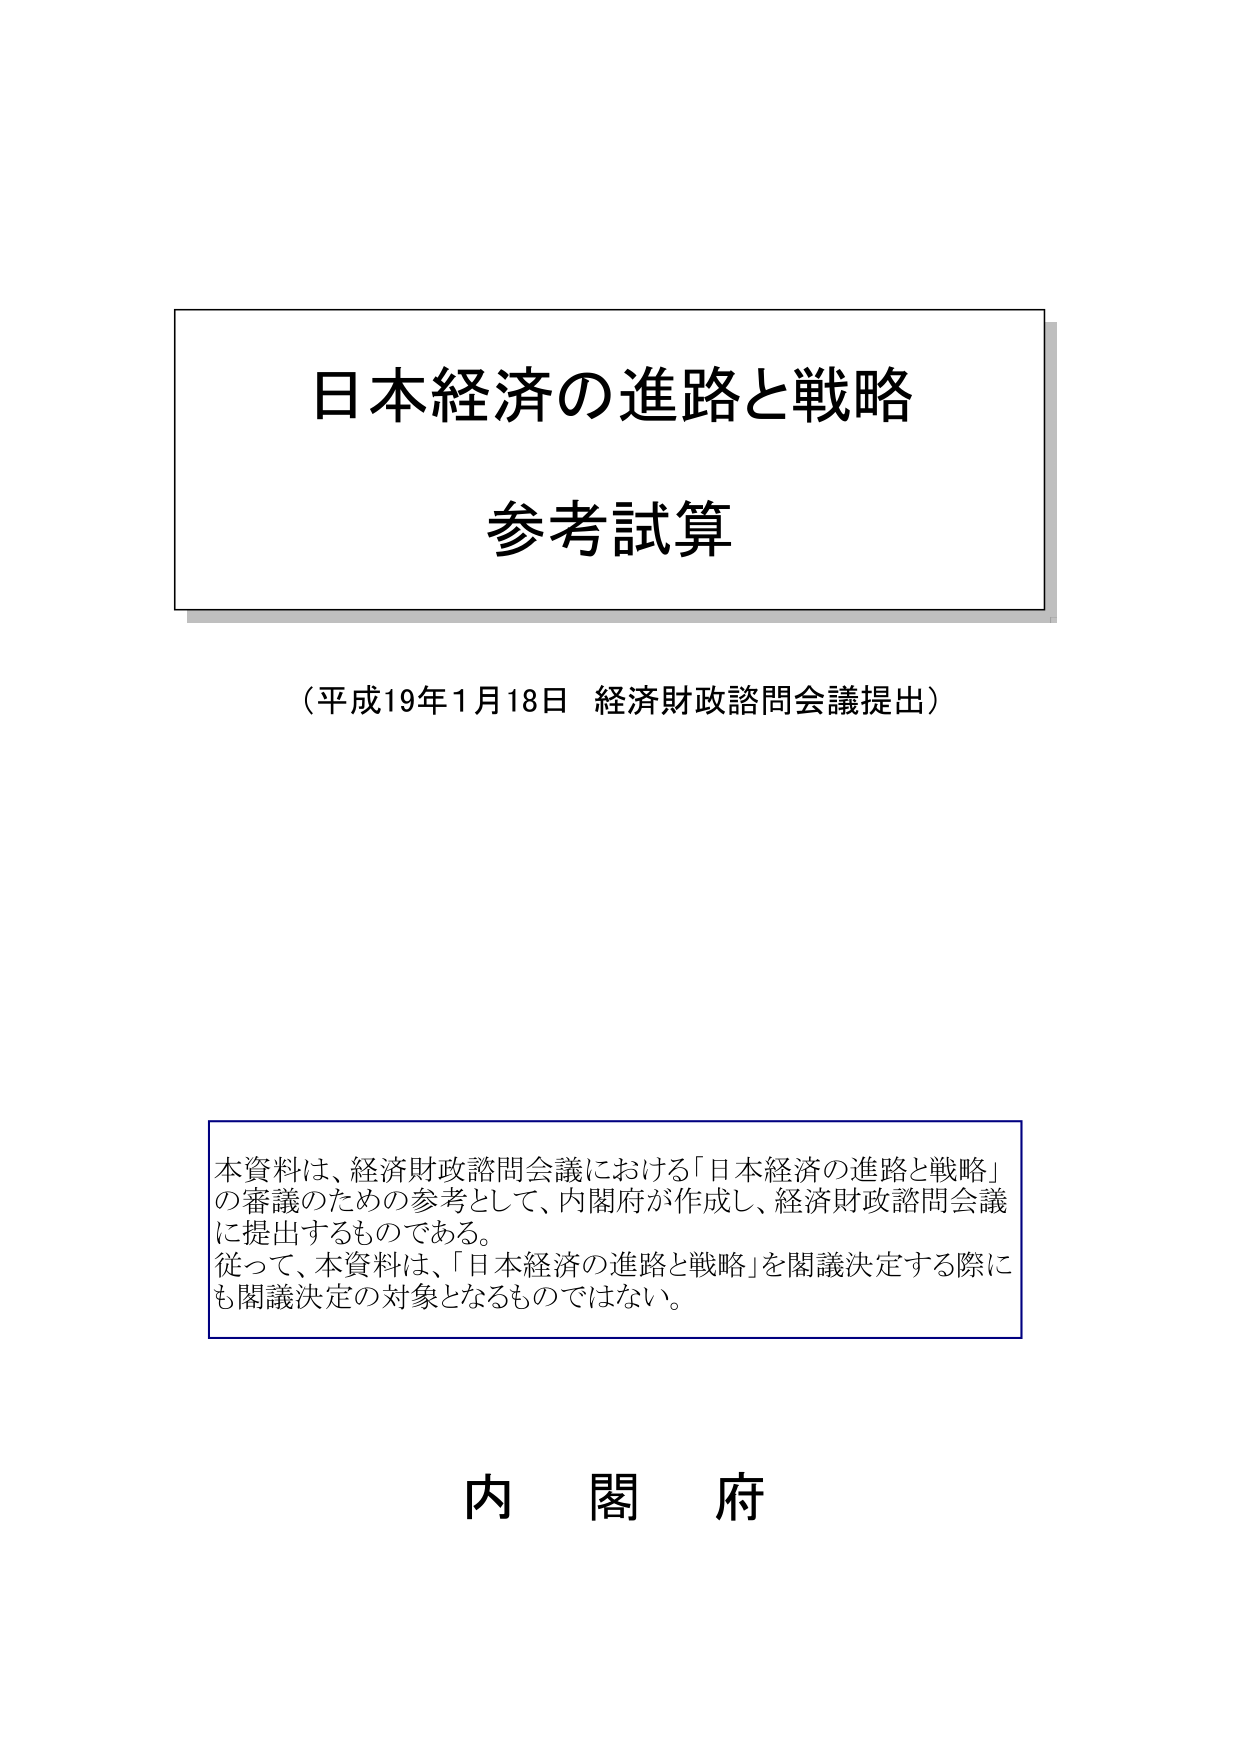
日本経済の進路と戦略
参考試算

（平成19年1月18日 経済財政諮問会議提出）

本資料は、経済財政諮問会議における「日本経済の進路と戦略」
の審議のための参考として、内閣府が作成し、経済財政諮問会議
に提出するものである。
従って、本資料は、「日本経済の進路と戦略」を閣議決定する際に
も閣議決定の対象となるものではない。

内閣府